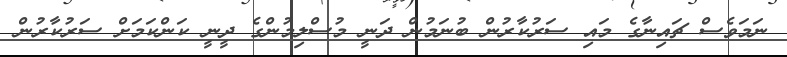
ނަމަވެސް ޗައިނާގެ މައި ސަރުކާރުން ބުނަމުން ދަނީ މުސްލިމުންގެ ދީނީ ކަންކަމަށް ސަރުކާރުން